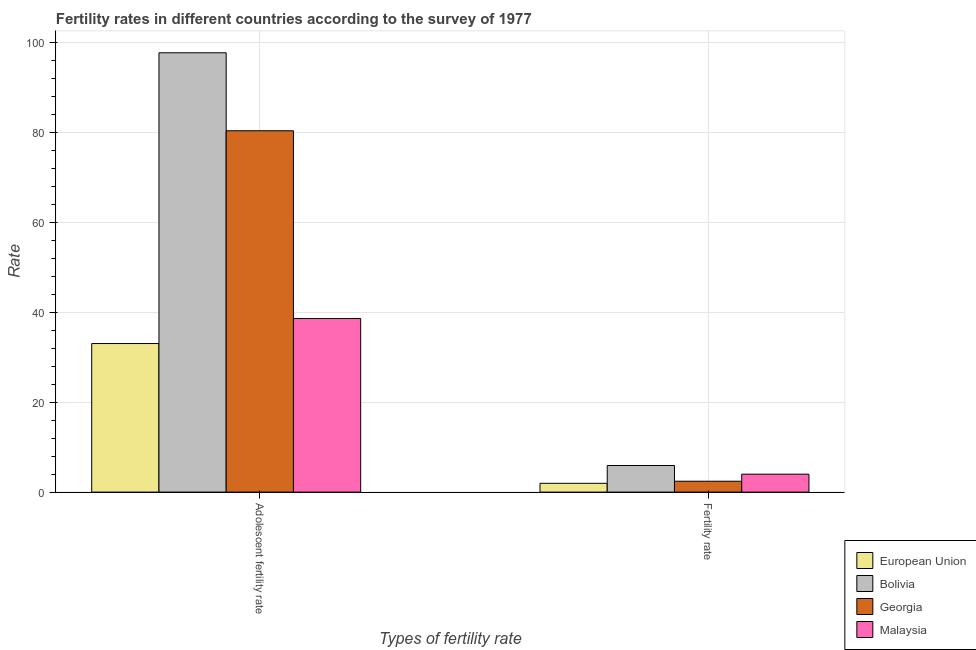
| Types of fertility rate | European Union | Bolivia | Georgia | Malaysia |
 | --- | --- | --- | --- | --- |
 | Adolescent fertility rate | 33 | 97.7 | 80.4 | 38.6 |
 | Fertility rate | 1.96 | 5.92 | 2.42 | 3.99 |